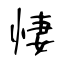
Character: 悽